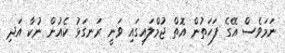
ނަމަވެސް އޭގެ ފަހަތުން އޮތް ޖުމްލައިގައި ވަނީ ރަނގަޅު ކެއުން ނުކާ އަދި